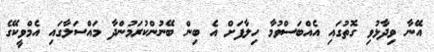
އޭނާ ވިދާޅުވި ގޮތުގައި އެއްބަސްވުމާ ހިލާފަށް އެ ބިން ބޭނުންކުރަމުންދާ މައްސަލާގައި އެމްވީކޭގެ